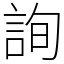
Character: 詢